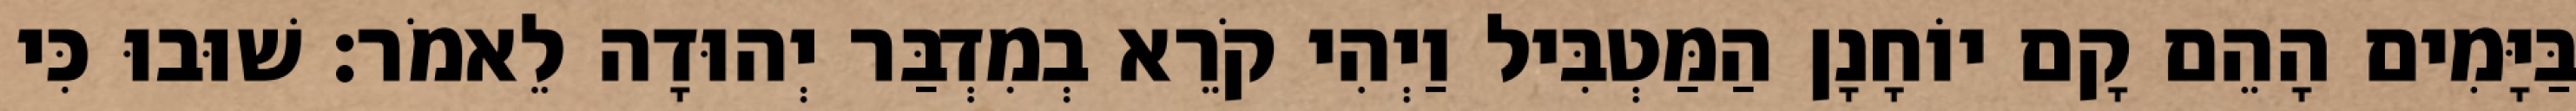
בַּיָּמִים הָהֵם קָם יוֹחָנָן הַמַּטְבִּיל וַיְהִי קֹרֵא בְמִדְבַּר יְהוּדָה לֵאמֹר׃ שׁוּבוּ כִּי